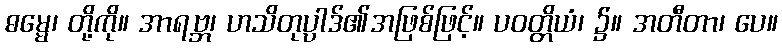
ဓမ္မေ၊ တို့ကို။ အာရဗ္ဘ၊ ဟသိတုပ္ပါဒ်၏အဖြစ်ဖြင့်။ ပဝတ္တိယံ၊ ၌။ အတီတာ၊ ပေ။